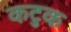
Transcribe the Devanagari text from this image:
कटुक